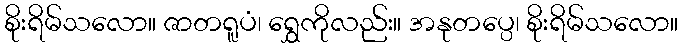
စိုးရိမ်သလော။ ဇာတရူပံ၊ ရွှေကိုလည်း။ အနုတပ္ပေ၊ စိုးရိမ်သလော။